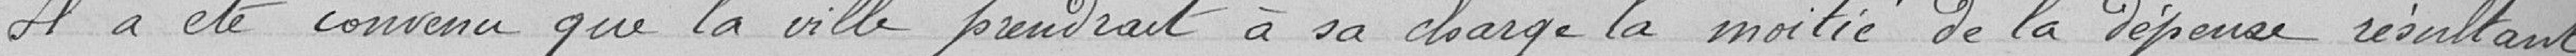
Il a été convenu que la ville prendrait à sa charge la moitié de la dépense résultant